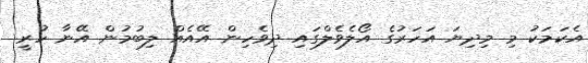
އެކަމަކު މި މިދިޔަ އަހަރުގެ އޯލެވެލްގައި ދިވެހިން އޭއެއް ލިބުމުން އޭނާ ހުރީ